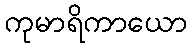
ကုမာရိကာယော